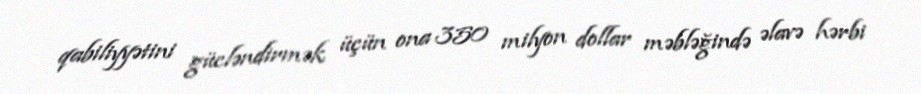
qabiliyyətini gücləndirmək üçün ona 350 milyon dollar məbləğində əlavə hərbi